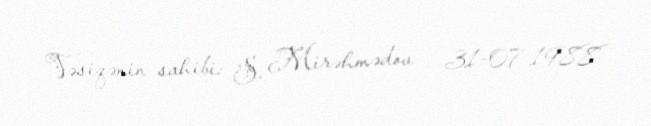
Vəsiqənin sahibi: S. Mirəhmədov - 31-07-1988